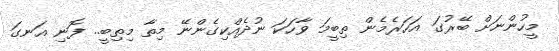
މީހުންނަށް ބޭރުގަ އަހަރެމެން ތިބީމަ ވާހަކަ ނުދެއްކިގެންނޭ މިތާ މިތިބީ.. ފޮނި އަނގަ